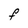
Character: F